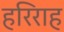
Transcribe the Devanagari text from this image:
हरिराह